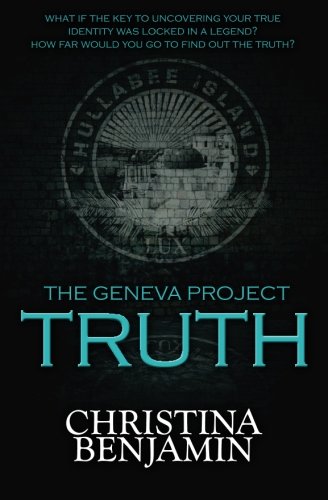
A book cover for The Geneva Project - Truth (Volume 1); Christina Benjamin; Science Fiction & Fantasy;